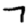
Digit: 7